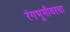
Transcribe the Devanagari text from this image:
रंगभूमीवरचा